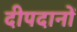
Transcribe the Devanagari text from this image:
दीपदानों